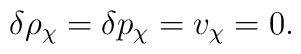
\delta \rho_{\chi}=\delta p_{\chi}=v_{\chi}=0.